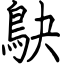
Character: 鴃